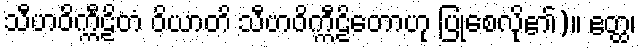
သီဟဝိက္ကီဠိတံ ဝိယာတိ သီဟဝိက္ကီဠိတောဟု ပြုစေလို၏)။ ဧတ္ထ၊